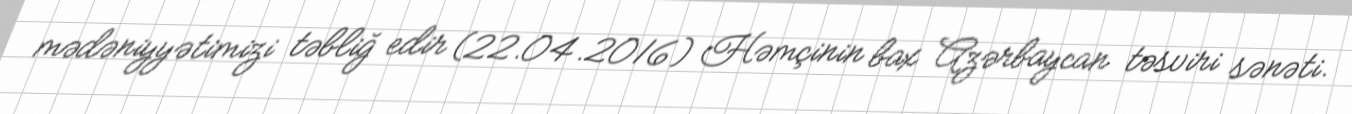
mədəniyyətimizi təbliğ edir (22.04.2016) Həmçinin bax Azərbaycan təsviri sənəti.